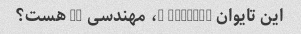
این تایوان 8234342 2، مهندسی ds هست؟